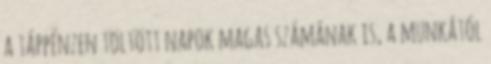
a táppénzen töltött napok magas számának is, a munkától